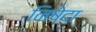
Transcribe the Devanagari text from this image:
निषेदा